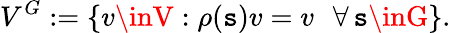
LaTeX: V^{G}:=\{ v\inV:\rho(\mathtt{s})v=v\, \, \, \, \forall\, \mathtt{s}\inG\} .